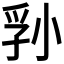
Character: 𪨁